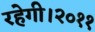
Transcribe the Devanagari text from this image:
रहेगी।२०११